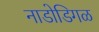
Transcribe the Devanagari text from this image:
नाडोडिगळ